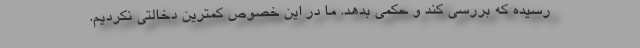
رسیده که بررسی کند و حکمی بدهد. ما در این خصوص کمترین دخالتی نکردیم.